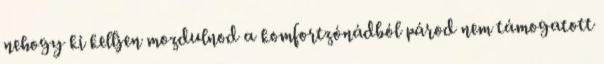
nehogy ki kelljen mozdulnod a komfortzónádból párod nem támogatott